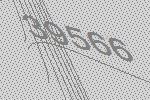
39566